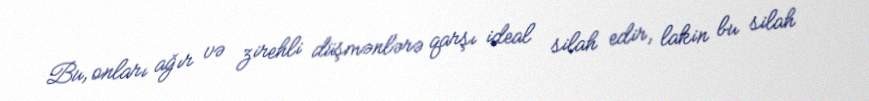
Bu, onları ağır və zirehli düşmənlərə qarşı ideal silah edir, lakin bu silah